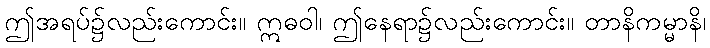
ဤအရပ်၌လည်းကောင်း။ ဣဓဝါ၊ ဤနေရာ၌လည်းကောင်း။ တာနိကမ္မာနိ၊